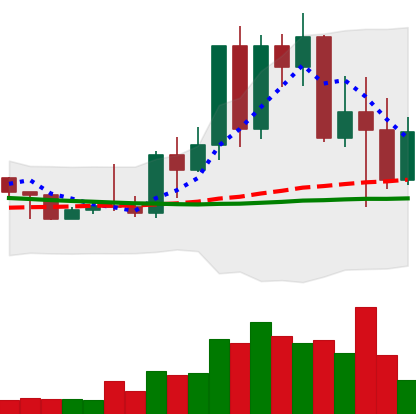
Ticker: TRX-USD
Chart end date: 2022-05-13
Forward return: -4.357%
Label: down_3_5